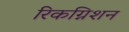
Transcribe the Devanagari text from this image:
रिकग्निशन